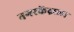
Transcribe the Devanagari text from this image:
नगरकेंद्राला